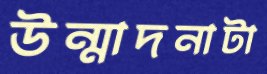
উন্মাদনাটা